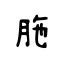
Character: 胣